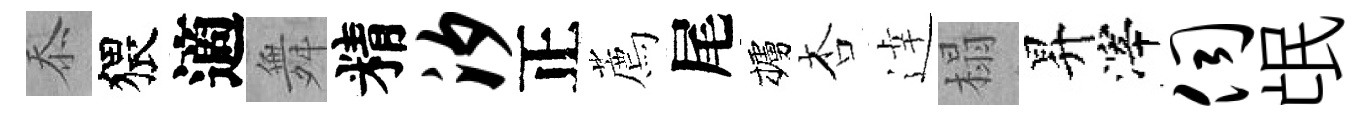
忝猥適舞精汐正薦尾櫨杏逹榻昇滓伺氓